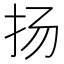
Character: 扬